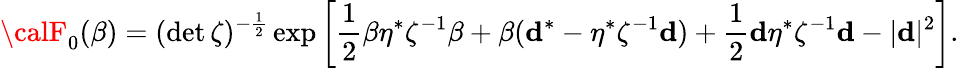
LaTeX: {\calF}_{0}(\beta)=(\operatorname*{d\mathrm{e}t}\zeta)^{-\frac{1}{2}}\exp\left[\frac{1}{2}\beta\eta^{*}\zeta^{-1}\beta+\beta({\mathbf{d}}^{*}-\eta^{*}\zeta^{-1}{\mathbf{d}})+\frac{1}{2}{\mathbf{d}}\eta^{*}\zeta^{-1}{\mathbf{d}}-|{\mathbf{d}}|^{2}\right].